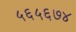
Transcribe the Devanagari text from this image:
५६५६७४